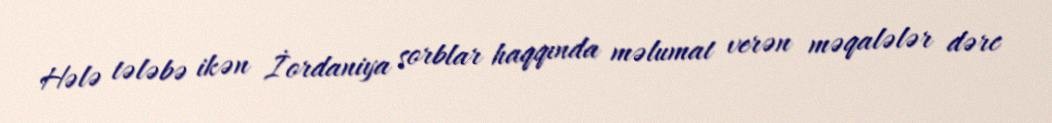
Hələ tələbə ikən İordaniya sorblar haqqında məlumat verən məqalələr dərc